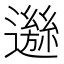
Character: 𨘁